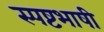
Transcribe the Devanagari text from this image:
स्पष्टभाषी